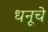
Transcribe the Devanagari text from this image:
धनूचे